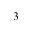
^ { 3 }